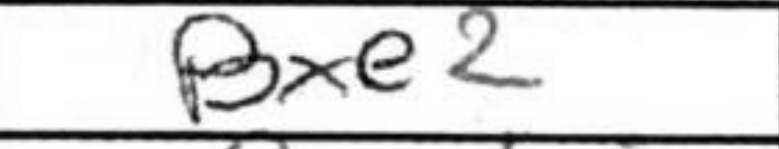
Transcription: Bxe2